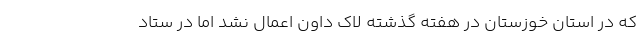
که در استان خوزستان در هفته گذشته لاک داون اعمال نشد اما در ستاد